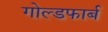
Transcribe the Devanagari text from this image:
गोल्डफार्ब